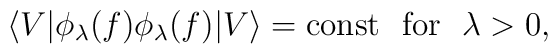
\langle V| \phi_\lambda(f)\phi_\lambda(f)|V\rangle= \hbox{const\ \ for\ \ $\lambda>0,$}